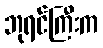
ဘုရင်ကြီးက